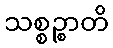
သစ္စဉ္စာတိ